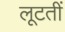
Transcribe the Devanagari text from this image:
लूटतीं